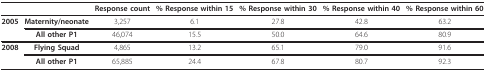
<table><thead><tr><td></td><td></td><td><b>Response count</b></td><td><b>% Response within 15</b></td><td><b>% Response within 30</b></td><td><b>% Response within 40</b></td><td><b>% Response within 60</b></td></tr></thead><tbody><tr><td><b>2005</b></td><td><b>Maternity/neonate</b></td><td>3,257</td><td>6.1</td><td>27.8</td><td>42.8</td><td>63.2</td></tr><tr><td></td><td><b>All other P1</b></td><td>46,074</td><td>15.5</td><td>50.0</td><td>64.6</td><td>80.9</td></tr><tr><td><b>2008</b></td><td><b>Flying Squad</b></td><td>4,865</td><td>13.2</td><td>65.1</td><td>79.0</td><td>91.6</td></tr><tr><td></td><td><b>All other P1</b></td><td>65,885</td><td>24.4</td><td>67.8</td><td>80.7</td><td>92.3</td></tr></tbody></table>